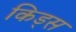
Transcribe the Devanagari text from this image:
किड्‍स